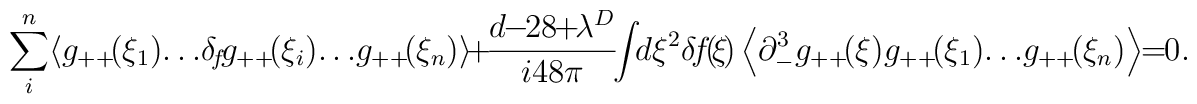
\sum^n_i  \! \left < g_{++} \!  (\xi_1 ) \!\dots \! \delta_{\!f} \! g_{++} \! (\xi_i ) \!\dots  \! g_{++} \! (\xi_n)  \right > \!+ \! \frac{d  \! \! - \! \!  28  \! \! +  \! \! \lambda^D}{i 48 \pi} \! \! \int \!  \! d\xi^2  \! \, \delta \! f \! ( \! \xi \! )\left<  \partial_-^3 g_{++} \! (  \xi  )g_{++} \! (\xi_1 ) \! \dots  \! g_{++} \!(\xi_n)  \right > \!  \! = \!  \! 0.